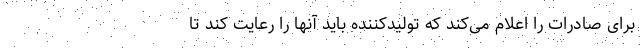
برای صادرات را اعلام می‌کند که تولیدکننده باید آنها را رعایت کند تا